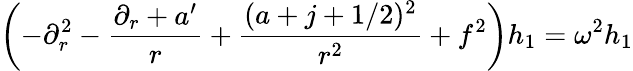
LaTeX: \left(-\partial_{r}^{2}-{\frac{\partial_{r}+a^{\prime}}{r}}+{\frac{(a+j+1/2)^{2}}{r^{2}}}+f^{2}\right)h_{1}=\omega^{2}h_{1}